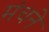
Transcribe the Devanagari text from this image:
मंचने